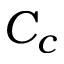
C _ { c }